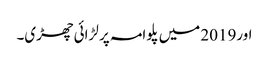
اور2019 میں پلوامہ پر لڑائی چھڑی۔